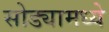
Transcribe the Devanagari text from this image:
सोड्यामध्ये